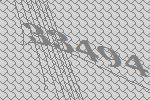
33494